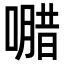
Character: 𭊸